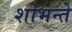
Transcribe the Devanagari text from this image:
शोभन्ते